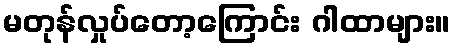
မတုန်လှုပ်တော့ကြောင်း ဂါထာများ။